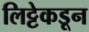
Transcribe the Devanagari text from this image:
लिट्टेकडून